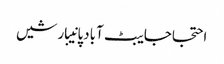
احتجاجایبٹ آبادپانیبارشیں